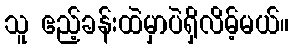
သူ ဧည့်ခန်းထဲမှာပဲရှိလိမ့်မယ်။